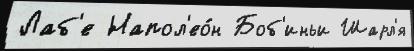
Лаб'е Напол'ео́н Боб'иньи Шарл'я